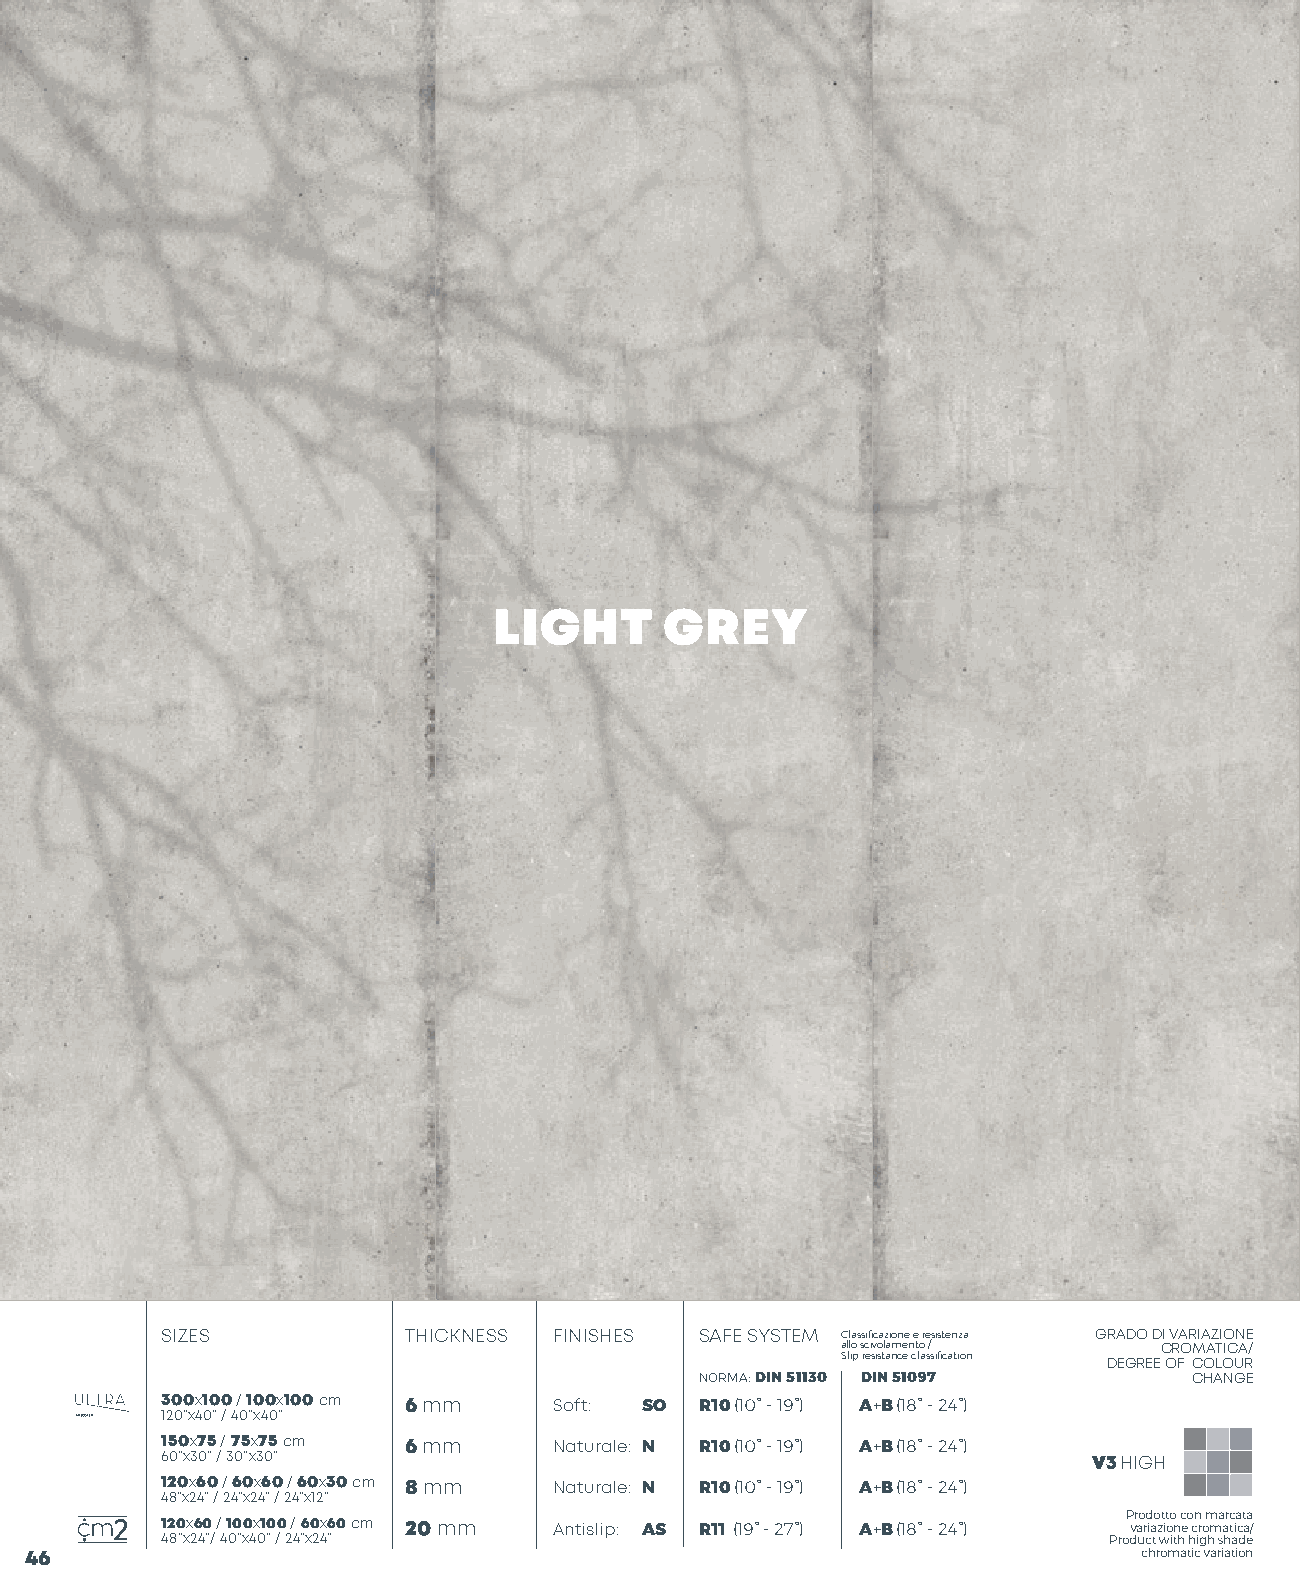
LIGHT      GREY
 SIZES           THICKNESS FINISHES SAFE SYSTEM Classificazione e resistenza GRADO DI VARIAZIONE
 allo scivolamento /  CROMATICA/
 Slip resistance classification DEGREE OF COLOUR
 NORMA: DIN 51130 DIN 51097       CHANGE
 3 120 0”0 xx 41 00 ” 0 / 4 / 0 1 ”0 x40 0x ”100 cm 6 mm Soft: SO R10 (10° - 19°) A+B (18° - 24°)
 1 65 00 ”xx 37 05 ” / / 37 05 ”xx 37 05 ” cm 6 mm Naturale: N R10 (10° - 19°) A+B (18° - 24°) V3 HIGH
 1 42 8”0 xx 26 4”0 / / 2 46 ”0 x2x 46 ” 0 / 2/ 4 6 ”x0 12x ”30 cm 8 mm Naturale: N R10 (10° - 19°) A+B (18° - 24°)
 1 42 80 ”xx 26 40 ”/ / 4 1 00 ”x0 4x 01 ”0 /0 2 / 4 ”6 x0 2x 4”60 cm 20 mm Antislip: AS R11 (19° - 27°) A+B (18° - 24°) ProP dvr a uo r cd ia to z wt it oo itn hc e o hcn ir g om hm a sa hrc t aia c dt a ea /
 46                                                                        chromatic variation